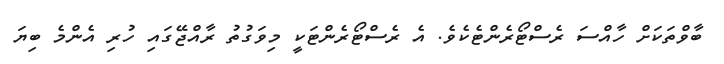
ބާވްތަކަށް ހާއްސަ ރެސްޓޯރެންޓެކެވެ. އެ ރެސްޓޯރެންޓަކީ މިވަގުތު ރާއްޖޭގައި ހުރި އެންމެ ބިޔަ